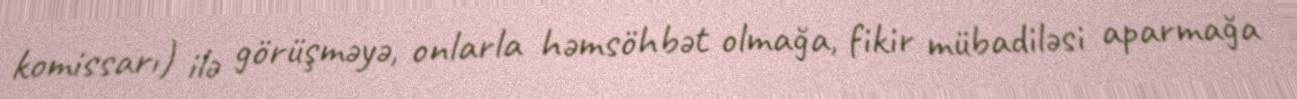
komissarı) ilə görüşməyə, onlarla həmsöhbət olmağa, fikir mübadiləsi aparmağa